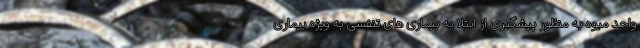
واحد میوه به منظور پیشگیری از ابتلا به بیماری های تنفسی به ویژه بیماری